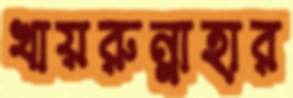
খায়রুন্নাহার